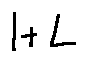
1 + L